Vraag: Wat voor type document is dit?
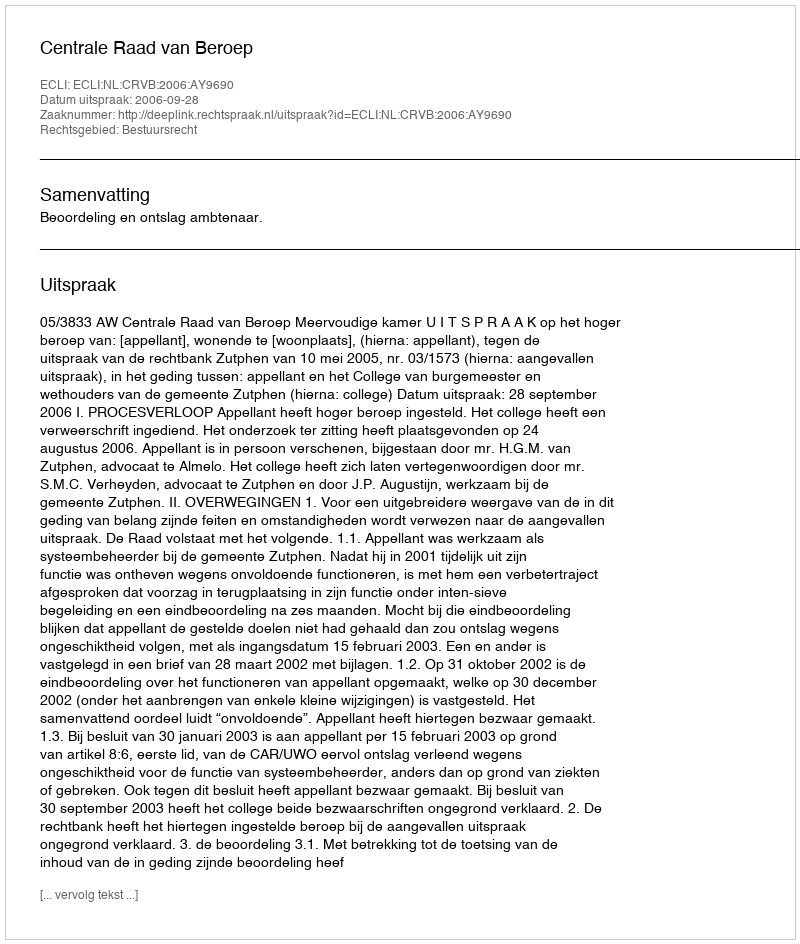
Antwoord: Uitspraak